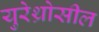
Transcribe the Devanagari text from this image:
युरेथ्रोसील